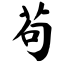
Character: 苟